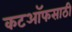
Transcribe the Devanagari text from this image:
कटऑफसाठी